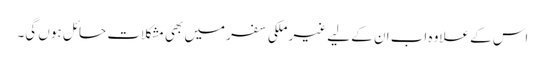
اس کے علاوہ اب ان کے لیے غیر ملکی سفر میں بھی مشکلات حائل ہوں گی۔